Annual administration and progress report of the Indian Medical Department, Bombay
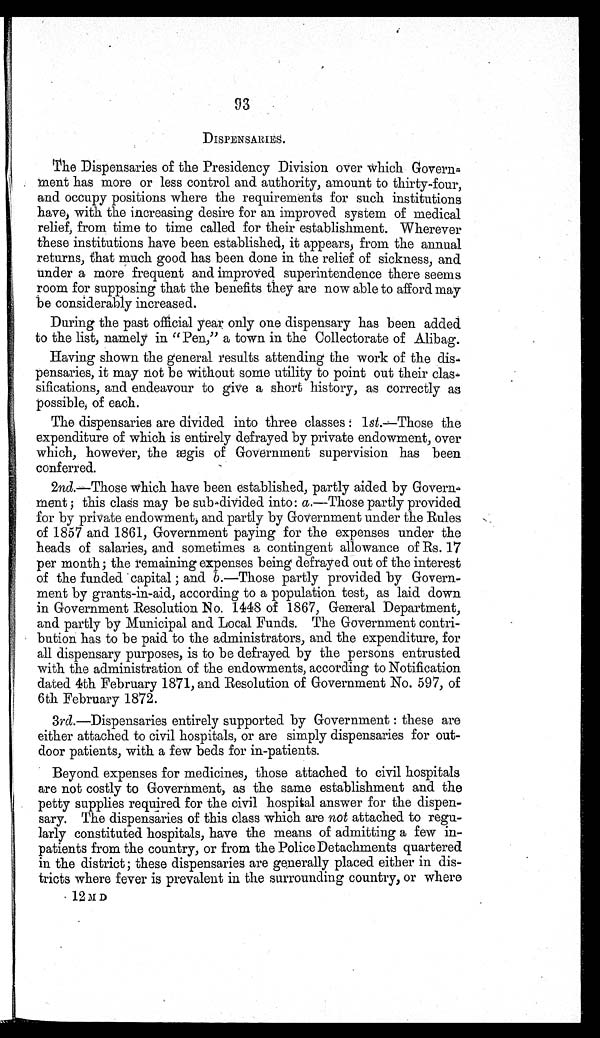
93
DISPENSARIES.
The Dispensaries of the Presidency Division over which Govern-
ment has more or less control and authority, amount to thirty-four,
and occupy positions where the requirements for such institutions
have, with the increasing desire for an improved system of medical
relief, from time to time called for their establishment. Wherever
these institutions have been established, it appears, from the annual
returns, that much good has been done in the relief of sickness, and
under a more frequent and improved superintendence there seems
room for supposing that the benefits they are now able to afford may
be considerably increased.
During the past official year only one dispensary has been added
to the list, namely in "Pen," a town in the Collectorate of Alibag.
Having shown the general results attending the work of the dis-
pensaries, it may not be without some utility to point out their clas-
sifications, and endeavour to give a short history, as correctly as
possible, of each.
The dispensaries are divided into three classes : 1 st.—Those the
expenditure of which is entirely defrayed by private endowment, over
which, however, the ægis of Government supervision has been
conferred.
2nd.—Those which have been established, partly aided by Govern-
ment ; this class may be sub-divided into: a.—Those partly provided
for by private endowment, and partly by Government under the Rules
of 1857 and 1861, Government paying for the expenses under the
heads of salaries, and sometimes a contingent allowance of Rs. 17
per month; the remaining expenses being defrayed out of the interest
of the funded capital ; and b.—Those partly provided by Govern-
ment by grants-in-aid, according to a population test, as laid down
in Government Resolution No. 1448 of 1867, General Department,
and partly by Municipal and Local Funds. The Government contri-
bution has to be paid to the administrators, and the expenditure, for
all dispensary purposes, is to be defrayed by the persons entrusted
with the administration of the endowments, according to Notification
dated 4th February 1871, and Resolution of Government No. 597, of
6th February 1872.
3rd.—Dispensaries entirely supported by Government : these are
either attached to civil hospitals, or are simply dispensaries for out-
door patients, with a few beds for in-patients.
Beyond expenses for medicines, those attached to civil hospitals
are not costly to Government, as the same establishment and the
petty supplies required for the civil hospital answer for the dispen-
sary. The dispensaries of this class which are not attached to regu-
larly constituted hospitals, have the means of admitting a few in-
patients from the country, or from the Police Detachments quartered
in the district; these dispensaries are generally placed either in dis-
tricts where fever is prevalent in the surrounding country, or where
12 M D